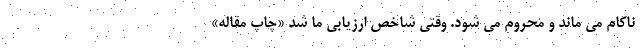
ناکام می ماند و محروم می شود. وقتی شاخص ارزیابی ما شد «چاپ مقاله»